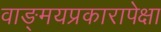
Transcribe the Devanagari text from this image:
वाङ्‌मयप्रकारापेक्षा